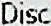
DISC